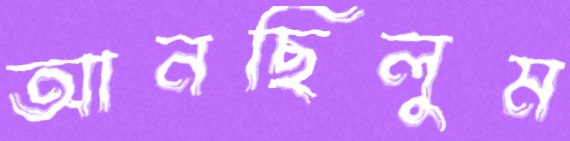
আনছিলুম